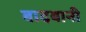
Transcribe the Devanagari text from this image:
बादबानी